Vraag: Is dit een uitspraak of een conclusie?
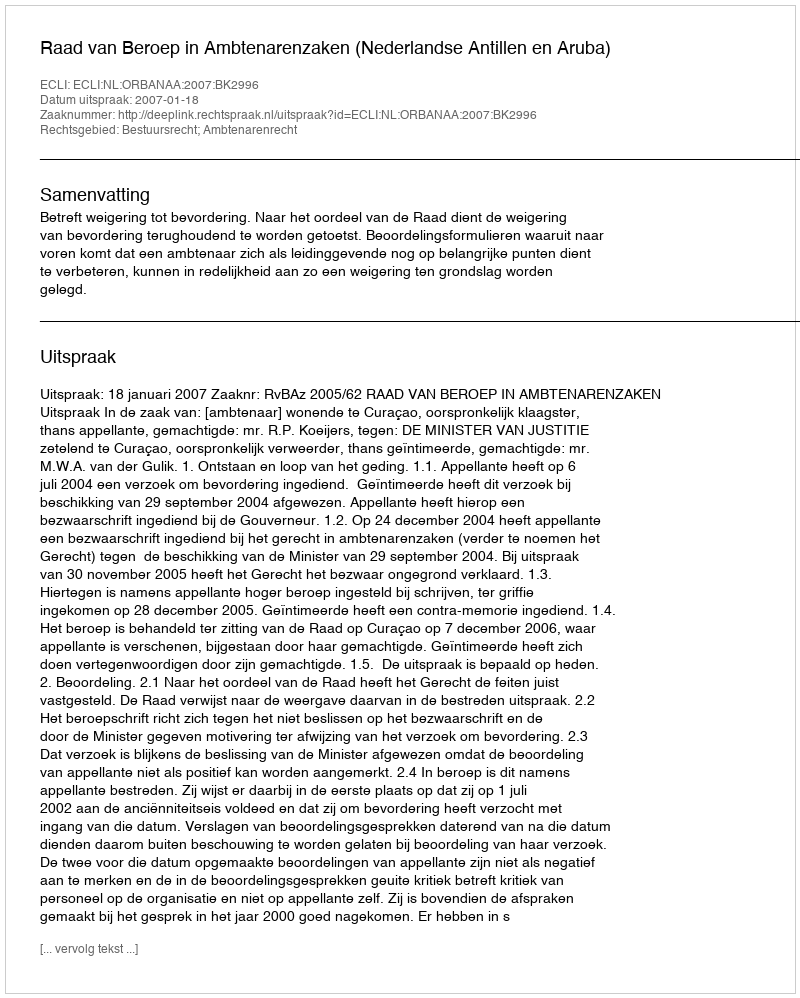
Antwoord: Uitspraak